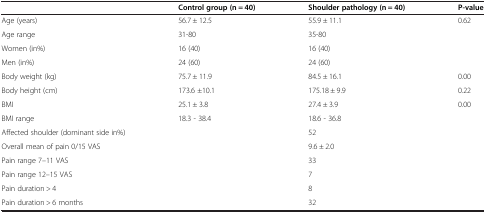
<table><thead><tr><td>[EMPTY_CELL]</td><td><b>Control group (n = 40)</b></td><td><b>Shoulder pathology (n = 40)</b></td><td><b>P-value</b></td></tr></thead><tbody><tr><td>Age (years)</td><td>56.7 ± 12.5</td><td>55.9 ± 11.1</td><td>0.62</td></tr><tr><td>Age range</td><td>31-80</td><td>35-80</td><td>[EMPTY_CELL]</td></tr><tr><td>Women (in%)</td><td>16 (40)</td><td>16 (40)</td><td>[EMPTY_CELL]</td></tr><tr><td>Men (in%)</td><td>24 (60)</td><td>24 (60)</td><td>[EMPTY_CELL]</td></tr><tr><td>Body weight (kg)</td><td>75.7 ± 11.9</td><td>84.5 ± 16.1</td><td>0.00</td></tr><tr><td>Body height (cm)</td><td>173.6 ±10.1</td><td>175.18 ± 9.9</td><td>0.22</td></tr><tr><td>BMI</td><td>25.1 ± 3.8</td><td>27.4 ± 3.9</td><td>0.00</td></tr><tr><td>BMI range</td><td>18.3 - 38.4</td><td>18.6 - 36.8</td><td>[EMPTY_CELL]</td></tr><tr><td>Affected shoulder (dominant side in%)</td><td>[EMPTY_CELL]</td><td>52</td><td>[EMPTY_CELL]</td></tr><tr><td>Overall mean of pain 0/15 VAS</td><td>[EMPTY_CELL]</td><td>9.6 ± 2.0</td><td>[EMPTY_CELL]</td></tr><tr><td>Pain range 7–11 VAS</td><td>[EMPTY_CELL]</td><td>33</td><td>[EMPTY_CELL]</td></tr><tr><td>Pain range 12–15 VAS</td><td>[EMPTY_CELL]</td><td>7</td><td>[EMPTY_CELL]</td></tr><tr><td>Pain duration &gt; 4</td><td>[EMPTY_CELL]</td><td>8</td><td>[EMPTY_CELL]</td></tr><tr><td>Pain duration &gt; 6 months</td><td>[EMPTY_CELL]</td><td>32</td><td>[EMPTY_CELL]</td></tr></tbody></table>